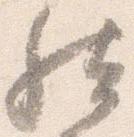
然